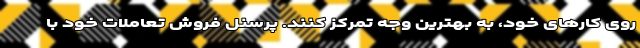
روی کارهای خود، به بهترین وجه تمرکز کنند. پرسنل فروش تعاملات خود با